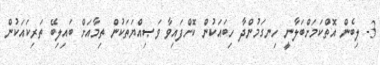
3- ލިބެން އޮތްކަމަށްބަލާނީ ހިނގަމުންދާ ހިބައަކުން ކޮށްފައިވާ ވަޞިއްޔަތަކުން ތިމާއަށް ބައިލިބޭ ތަރިކައަކުން